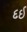
દઈ